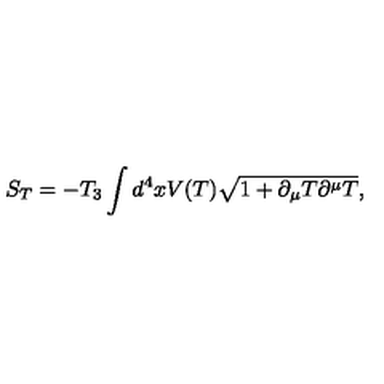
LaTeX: S _ { T } = - T _ { 3 } \int d ^ { 4 } x V ( T ) \sqrt { 1 + \partial _ { \mu } T \partial ^ { \mu } T } ,